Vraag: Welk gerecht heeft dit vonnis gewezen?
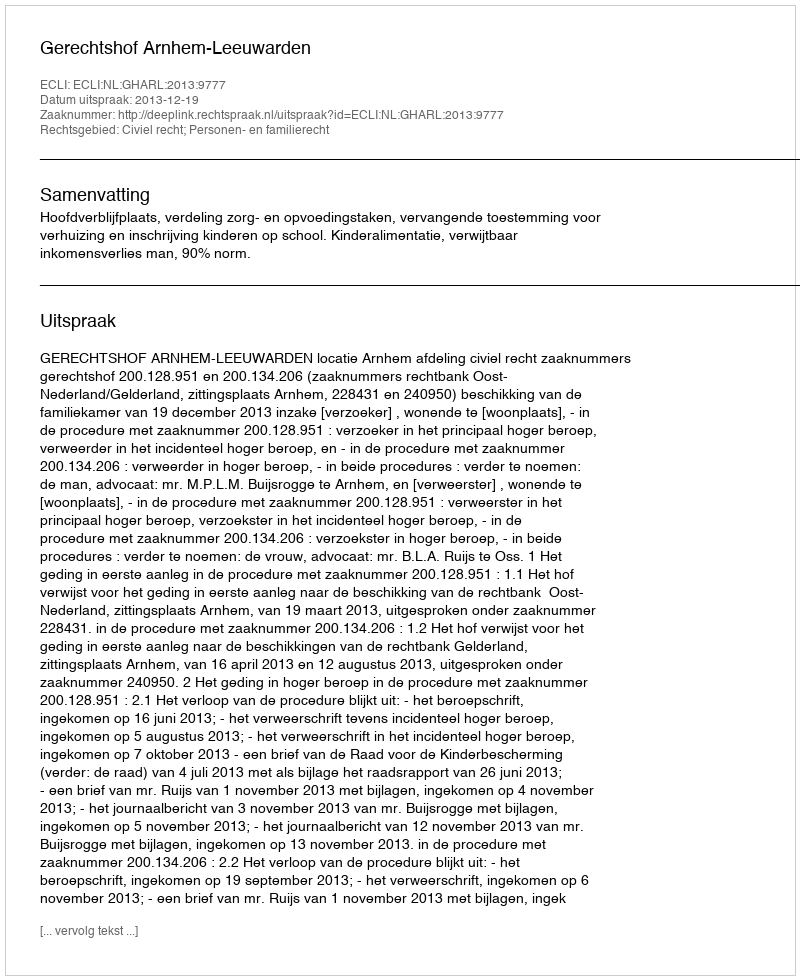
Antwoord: Gerechtshof Arnhem-Leeuwarden